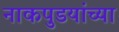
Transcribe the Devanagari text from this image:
नाकपुडयांच्या